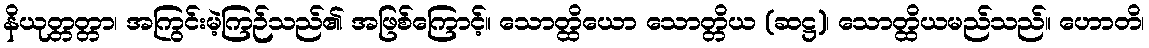
နိယုတ္တတ္တာ၊ အကြွင်းမဲ့ကြဉ်သည်၏ အဖြစ်ကြောင့်။ သောတ္ထိယော သောတ္တိယ (ဆဋ္ဌ)၊ သောတ္ထိယမည်သည်။ ဟောတိ၊